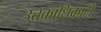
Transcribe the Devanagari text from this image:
उत्तकाधिकारी